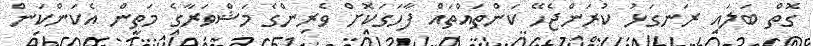
ގޮތް ބަލައި ރަނގަޅު ކުރަންޖެހޭ ކަންތައްތައް ފާހަގަކޮށް ވެރިންގެ މަޝްވަރާގެ މަތީން އެކަންކަން